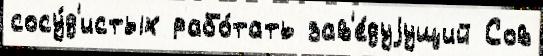
сосу́д'истых рабо́тать зав'е́дуjущий Сов